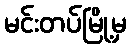
မင်းတပ်မြို့မှ